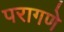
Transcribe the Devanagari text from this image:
परागणे